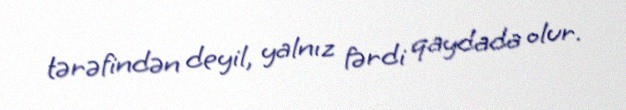
tərəfindən deyil, yalnız fərdi qaydada olur.